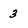
Character: 3